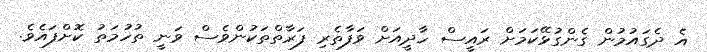
އެ ދެގައުމުން ގެންގުޅޭކަމަށް ރައީސް ހާދީއަށް ވަފާތެރި ފަރާތްތަކުންވެސް ވަނީ ތުހުމަތު ކޮށްފައެވެ.